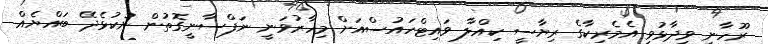
ރޫހާނީ ވިދާޅުވީ އެމެރިކާގެ ރިޔާސީ ކިއްލާ ވައިޓްހައުސްއަށް މިހާރުވަނީ ނަފްސާނީގޮތުން ނުކުޅެދޭ ބައްޔެއް